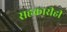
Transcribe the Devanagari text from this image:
सहकारीही